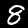
Label: 8